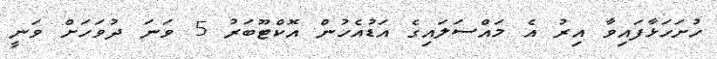
ހުށަހަޅާފައިވާ އިރު އެ މައްސަލައިގެ އަޑުއެހުން އޮކްޓޫބަރު 5 ވަނަ ދުވަހަށް ވަނީ